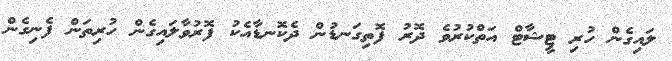
ލައިގެން ހުރި ޓީޝާޓް އަތްކުރުވެ ދޮރު ފޮތިގަނޑުން ދެކޮނޑާއެކު ފޮރުވާލައިގެން ހުރިތަން ފެނިގެން